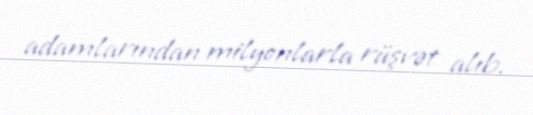
adamlarından milyonlarla rüşvət alıb.